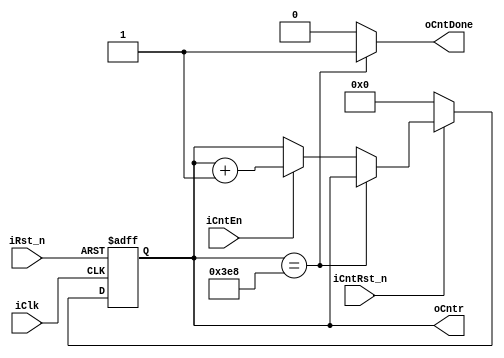
module genCntr	#
(
	parameter MAX_COUNT = 1000
)
(
	output wire oCntDone,
	output reg [logb2(MAX_COUNT) : 0] oCntr,
	input wire iClk,
	input wire iCntEn,
	input wire iRst_n,
	input wire iCntRst_n
);

//-------------------------------------------------
// logarithm for base 2 
function integer logb2(input integer size);
	integer size_buf;
	begin
		size_buf = size;
		for(logb2 = -1; size_buf > 0; logb2 = logb2 + 1)
			size_buf = size_buf >> 1;
	end
	
endfunction


//-------------------------------------------------
// main sequencial logic
always@(posedge iClk or negedge iRst_n)
begin
	if(!iRst_n)	oCntr <= 0;
	else if (!iCntRst_n) oCntr <= 0;
	else begin
		if(oCntr == MAX_COUNT) oCntr <= oCntr;
		else if(iCntEn) oCntr <= oCntr + 1'b1;
		else oCntr <= oCntr;
	end // end else	
end // end always

assign oCntDone = (oCntr == MAX_COUNT)?1'b1:1'b0;

endmodule